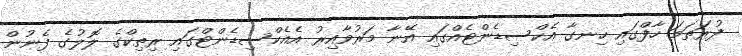
ފުރަތަމަ ހާފްގައި ހިނގާ އެކްސިޑެންޓެއްގައި އޭނާ މަރުވާއިރު އެއެކްސިޑެންޓްގައި ރިތިކްގެ ލޮލުގެ ފެނުން